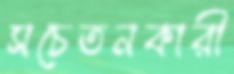
সচেতনকারী